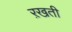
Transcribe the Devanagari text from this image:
ऱखती